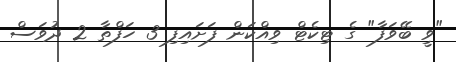
"ވީ ބޭވަފާ" ގެ ޓިކެޓް ވިއްކަން ފަށައިފި 3 ހަފްތާ 2 ދުވަސް